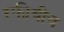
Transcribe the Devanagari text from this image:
रफीचीच